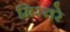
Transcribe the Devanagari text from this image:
मिस्तरे